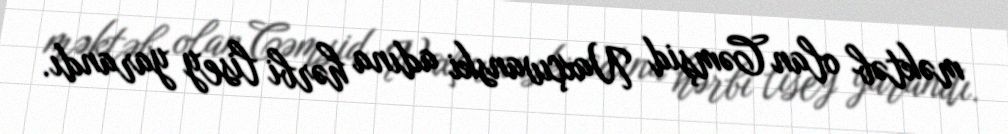
məktəb olan Cəmşid Naxçıvanski adına hərbi lisey yarandı.